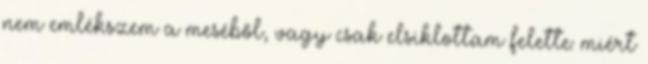
nem emlékszem a meséből, vagy csak elsiklottam felette: miért